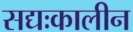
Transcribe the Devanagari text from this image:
सद्यःकालीन